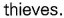
thieves.